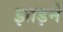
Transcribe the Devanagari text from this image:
झाड़नें